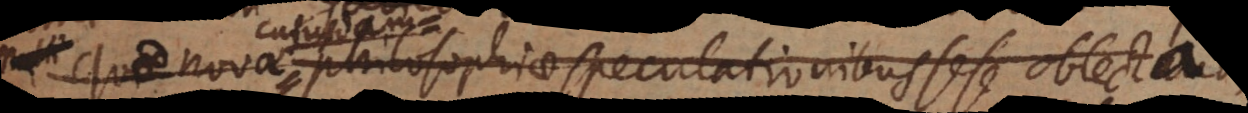
qui novae philosophiae speculationibus sese oblectant,